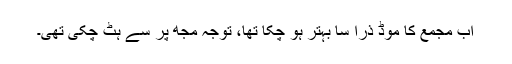
اب مجمع کا موڈ ذرا سا بہتر ہو چکا تھا، توجہ مجھ پر سے ہٹ چکی تھی۔